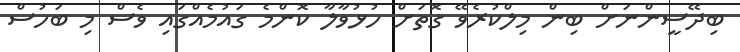
ބިދޭސީންނަށް ބިން މިލްކުރެވޭ ގޮތަށް ހުޅުވާލާ ކޮންމެ ގައުމެއްގައި ވެސް މި ބަހުސް